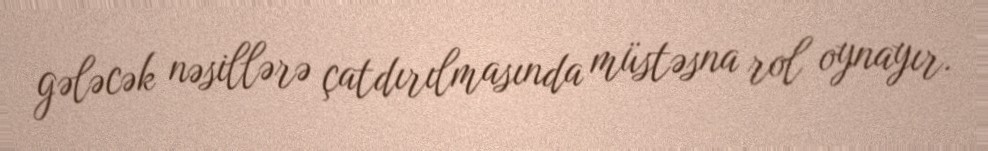
gələcək nəsillərə çatdırılmasında müstəsna rol oynayır.